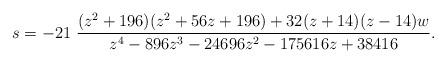
LaTeX: \begin{align*}s = -21 \ \frac{(z^2 + 196) (z^2 + 56 z + 196) + 32 (z + 14) (z - 14) w} {z^4 - 896 z^3 - 24696 z^2 - 175616 z + 38416}.\end{align*}